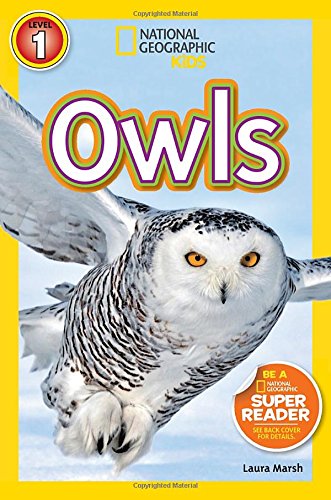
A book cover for National Geographic Readers: Owls; Laura Marsh; Children's Books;